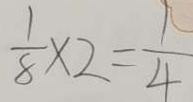
\frac { 1 } { 8 } \times 2 = \frac { 1 } { 4 }